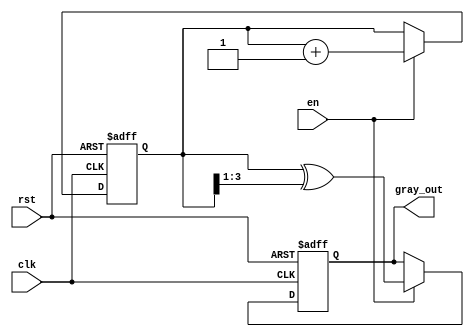
module gray_code_counter (
    input wire clk,        // Clock signal
    input wire rst,        // Reset signal (active high)
    input wire en,         // Enable signal (active high)
    output reg [3:0] gray_out // Gray code output (4-bit)
);

// Internal binary counter
reg [3:0] binary_count;

// Binary to Gray code conversion
function [3:0] binary_to_gray;
    input [3:0] binary;
    begin
        binary_to_gray = binary ^ (binary >> 1);
    end
endfunction

// Always block for counting and Gray code conversion
always @(posedge clk or posedge rst) begin
    if (rst) begin
        // Reset the binary counter and Gray code output
        binary_count <= 4'b0000;
        gray_out <= binary_to_gray(4'b0000);
    end else if (en) begin
        // Increment the binary counter
        binary_count <= binary_count + 1;
        // Convert to Gray code
        gray_out <= binary_to_gray(binary_count);
    end
    // If not enabled, retain the current value
end

endmodule